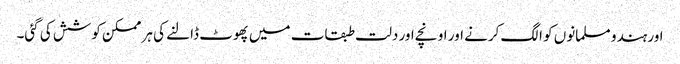
اور ہندو مسلمانوں کو الگ کرنے اور اونچے اور دلت طبقات میں پھوٹ ڈالنے کی ہر ممکن کوشش کی گئی۔